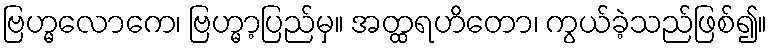
ဗြဟ္မလောကေ၊ ဗြဟ္မာ့ပြည်မှ။ အတ္ထရဟိတော၊ ကွယ်ခဲ့သည်ဖြစ်၍။